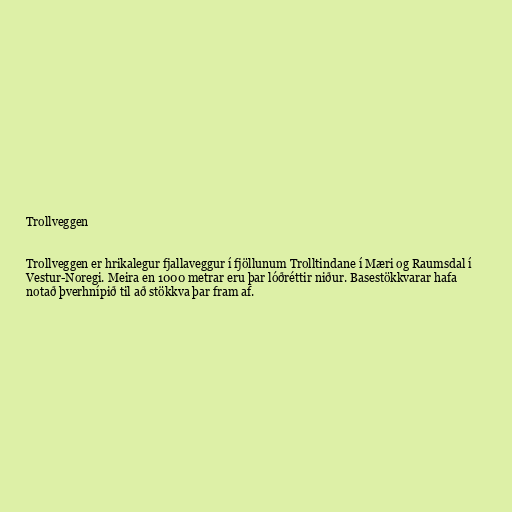
Trollveggen

Trollveggen er hrikalegur fjallaveggur í fjöllunum Trolltindane í Mæri og Raumsdal í
Vestur-Noregi. Meira en 1000 metrar eru þar lóðréttir niður. Basestökkvarar hafa
notað þverhnípið til að stökkva þar fram af.